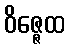
ဝိဇ္ဇေထ